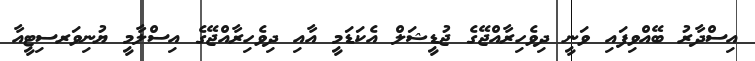
އިސްދާރު ބޭއްވިފައި ވަނީ ދިވެހިރާއްޖޭގެ ޖުޑީޝަލް އެކަޑަމީ އާއި ދިވެހިރާއްޖޭގެ އިސްލާމީ ޔުނިވަރސިޓީއާ